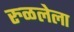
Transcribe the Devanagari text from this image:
रुळलेला